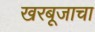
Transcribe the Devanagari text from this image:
खरबूजाचा